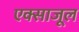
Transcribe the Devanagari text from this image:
एक्साजूल